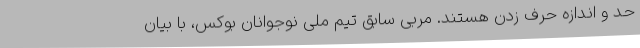
حد و اندازه حرف زدن هستند. مربی سابق تیم‌ ملی نوجوانان بوکس، با بیان